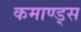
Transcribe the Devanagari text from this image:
कमाण्ड्स